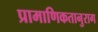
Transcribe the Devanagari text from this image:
प्रामाणिकतानुराग